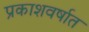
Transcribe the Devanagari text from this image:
प्रकाशवर्षात